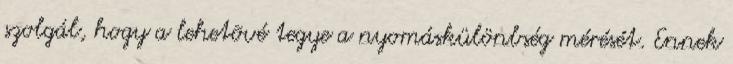
szolgál, hogy a lehetõvé tegye a nyomáskülönbség mérését. Ennek